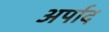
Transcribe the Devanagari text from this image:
अर्पाद